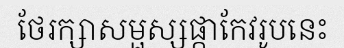
ថែរក្សាសម្ផស្សផ្កាកែវរូបនេះ